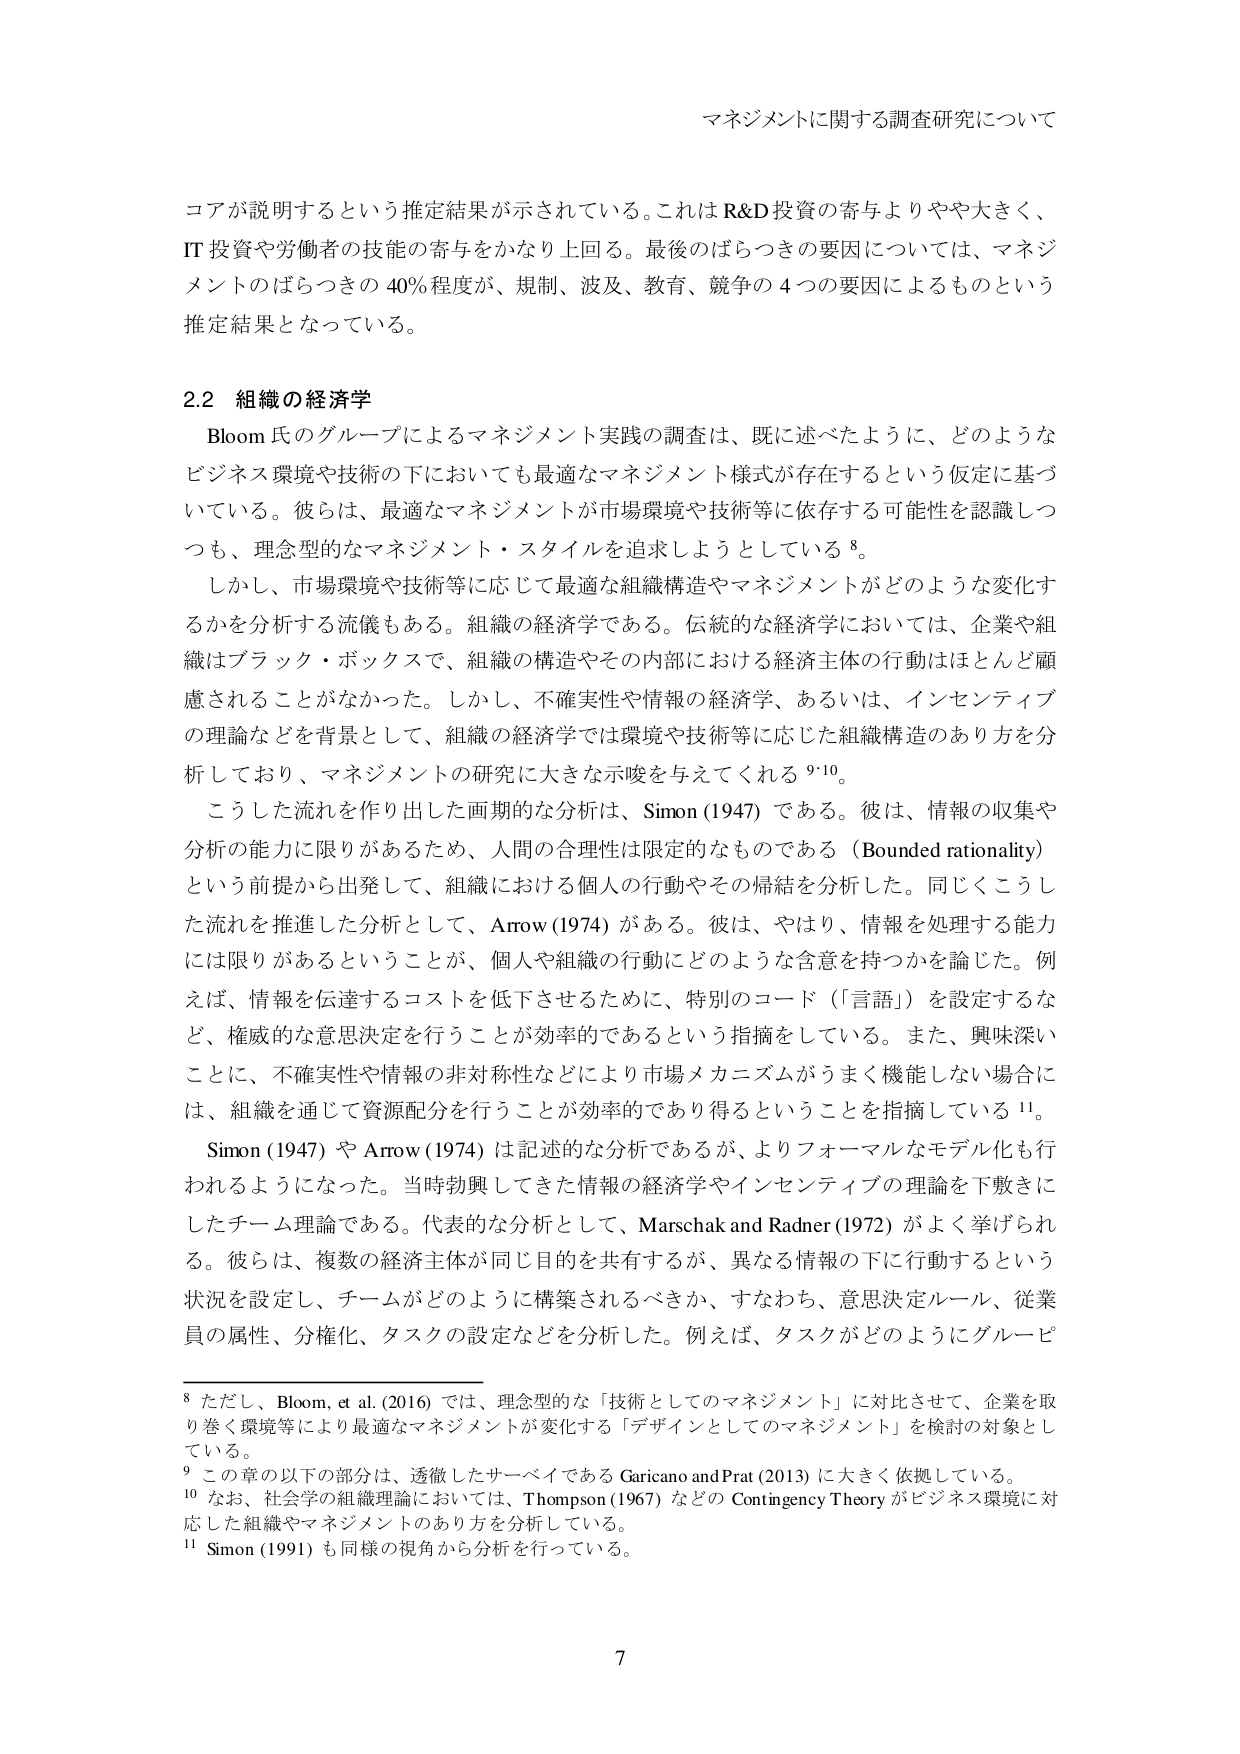
マネジメントに関する調査研究について

コアが説明するという推定結果が示されている。これは R&D 投資の寄与よりやや大きく、
IT 投資や労働者の技能の寄与をかなり上回る。最後のばらつきの要因については、マネジ
メントのばらつきの 40% 程度が、規制、波及、教育、競争の 4 つの要因によるものという
推定結果となっている。

2.2 組織の経済学
Bloom 氏のグループによるマネジメント実践の調査は、既に述べたように、どのような
ビジネス環境や技術の下においても最適なマネジメント様式が存在するという仮定に基づ
いている。彼らは、最適なマネジメントが市場環境や技術等に依存する可能性を認識しつ
つも、理念型的なマネジメント・スタイルを追求しようとしている 8。
しかし、市場環境や技術等に応じて最適な組織構造やマネジメントがどのような変化す
るかを分析する流儀もある。組織の経済学である。伝統的な経済学においては、企業や組
織はブラック・ボックスで、組織の構造やその内部における経済主体の行動はほとんど顧
慮されることがなかった。しかし、不確実性や情報の経済学、あるいは、インセンティブ
の理論などを背景として、組織の経済学では環境や技術等に応じた組織構造のあり方を分
析しており、マネジメントの研究に大きな示唆を与えてくれる 9・10。
こうした流れを作り出した画期的な分析は、Simon (1947) である。彼は、情報の収集や
分析の能力に限りがあるため、人間の合理性は限定的なものである（Bounded rationality）
という前提から出発して、組織における個人の行動やその帰結を分析した。同じくこうし
た流れを推進した分析として、Arrow (1974) がある。彼は、やはり、情報を処理する能力
には限りがあるということが、個人や組織の行動にどのような含意を持つかを論じた。例
えば、情報を伝達するコストを低下させるために、特別のコード（「言語」）を設定するな
ど、権威的な意思決定を行うことが効率的であるという指摘をしている。また、興味深い
ことに、不確実性や情報の非対称性などにより市場メカニズムがうまく機能しない場合に
は、組織を通じて資源配分を行うことが効率的であり得るということを指摘している 11。
Simon (1947) や Arrow (1974) は記述的な分析であるが、よりフォーマルなモデル化も行
われるようになった。当時勃興してきた情報の経済学やインセンティブの理論を下敷きに
したチーム理論である。代表的な分析として、Marschak and Radner (1972) がよく挙げられ
る。彼らは、複数の経済主体が同じ目的を共有するが、異なる情報の下に行動するという
状況を設定し、チームがどのように構築されるべきか、すなわち、意思決定ルール、従業
員の属性、分権化、タスクの設定などを分析した。例えば、タスクがどのようにグループ

8 ただし、Bloom, et al. (2016) では、理念型的な「技術としてのマネジメント」に対比させて、企業を取
り巻く環境等により最適なマネジメントが変化する「デザインとしてのマネジメント」を検討の対象とし
ている。
9 この章の以下の部分は、透徹したサーベイである Garicano and Prat (2013) に大きく依拠している。
10 なお、社会学の組織理論においては、Thompson (1967) などの Contingency Theory がビジネス環境に対
応した組織やマネジメントのあり方を分析している。
11 Simon (1991) も同様の視角から分析を行っている。

7